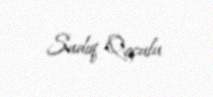
Sadıq Qoçulu